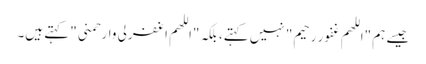
جیسے ہم "اللهم غفور رحیم" نہیں کہتے، بلکہ "اللهم اغفرلی وارحمنی" کہتے ہیں۔